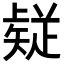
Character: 𭼅